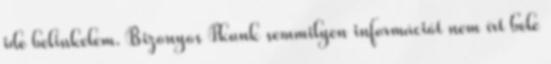
ide belinkelem. Bizonyos Pkunk semmilyen információt nem írt bele